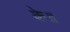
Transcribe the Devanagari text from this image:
के॥